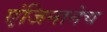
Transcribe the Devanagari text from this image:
एंजिनानेच